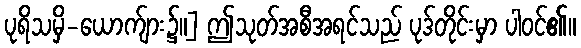
ပုရိသမှိ-ယောက်ျား၌။] ဤသုတ်အစီအရင်သည် ပုဒ်တိုင်းမှာ ပါဝင်၏။